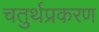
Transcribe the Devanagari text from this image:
चतुर्थप्रकरण